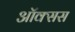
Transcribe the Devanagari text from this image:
ऑक्सस